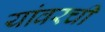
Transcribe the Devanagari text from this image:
यांवरची